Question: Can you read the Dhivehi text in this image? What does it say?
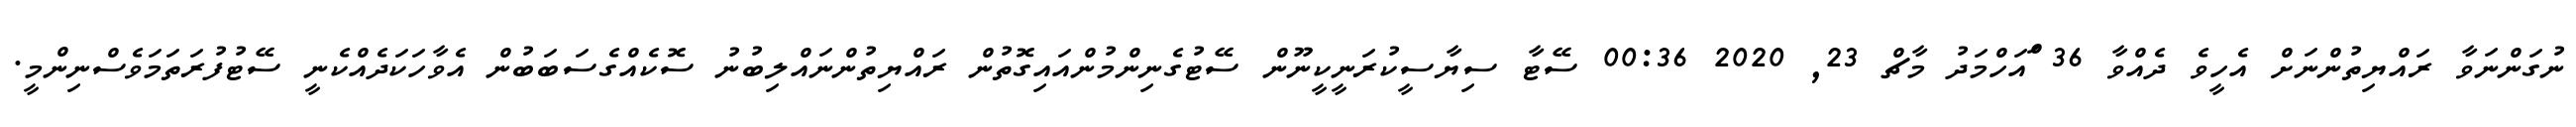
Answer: ނުގަންނަވާ ރައްޔިތުންނަށް އެހީވެ ދެއްވާ 36 ްައަހްމަދު މާޗް 23, 2020 00:36 ސޭޓާ ސިޔާސީކުރަނީކީނޫން ސޭޓުގެނިންމުންއައިގޮތުން ރައްޔިތުންނައްލިބުނު ސޮކެއްގެސަބަބުން އެވާހަކަދެއްކެނީ ސޭޓުފުރަތަމަވެސްނިންމީ.